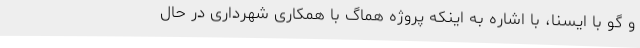
و گو با ایسنا، با اشاره به اینکه پروژه هماگ با همکاری شهرداری در حال